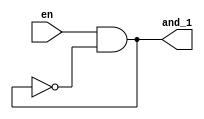
module RingOscillatorBase 
	#(parameter N = 5)
	(
		input  en,
		
		output reg and_1   /*synthesis keep*/
	);

	reg [N-1:0] notGate /*synthesis keep*/;
	
	integer i;
	generate
	always @ (*) begin
			and_1 <= en & notGate[N-1];
			notGate[0] <= ~and_1;
			for (i = 1; i < N; i = i +1) begin: inverter_chain
				notGate[i] <= ~notGate[i - 1];
			end
	end
	endgenerate
endmodule

module RingOscillatorGenerate
	(
		input en,
		output run,
		output out3, out5, out7, out101, out1001, out4999
	);
	
	assign run = en;
	
	RingOscillatorBase #(.N(3)) ring3(en, out3);
	RingOscillatorBase #(.N(5)) ring5(en, out5);
	RingOscillatorBase #(.N(7)) ring7(en, out7);
	RingOscillatorBase #(.N(101)) ring101(en, out101);
	RingOscillatorBase #(.N(1001)) ring1001(en, out1001);
	RingOscillatorBase #(.N(4999)) ring4999(en, out4999);
endmodule